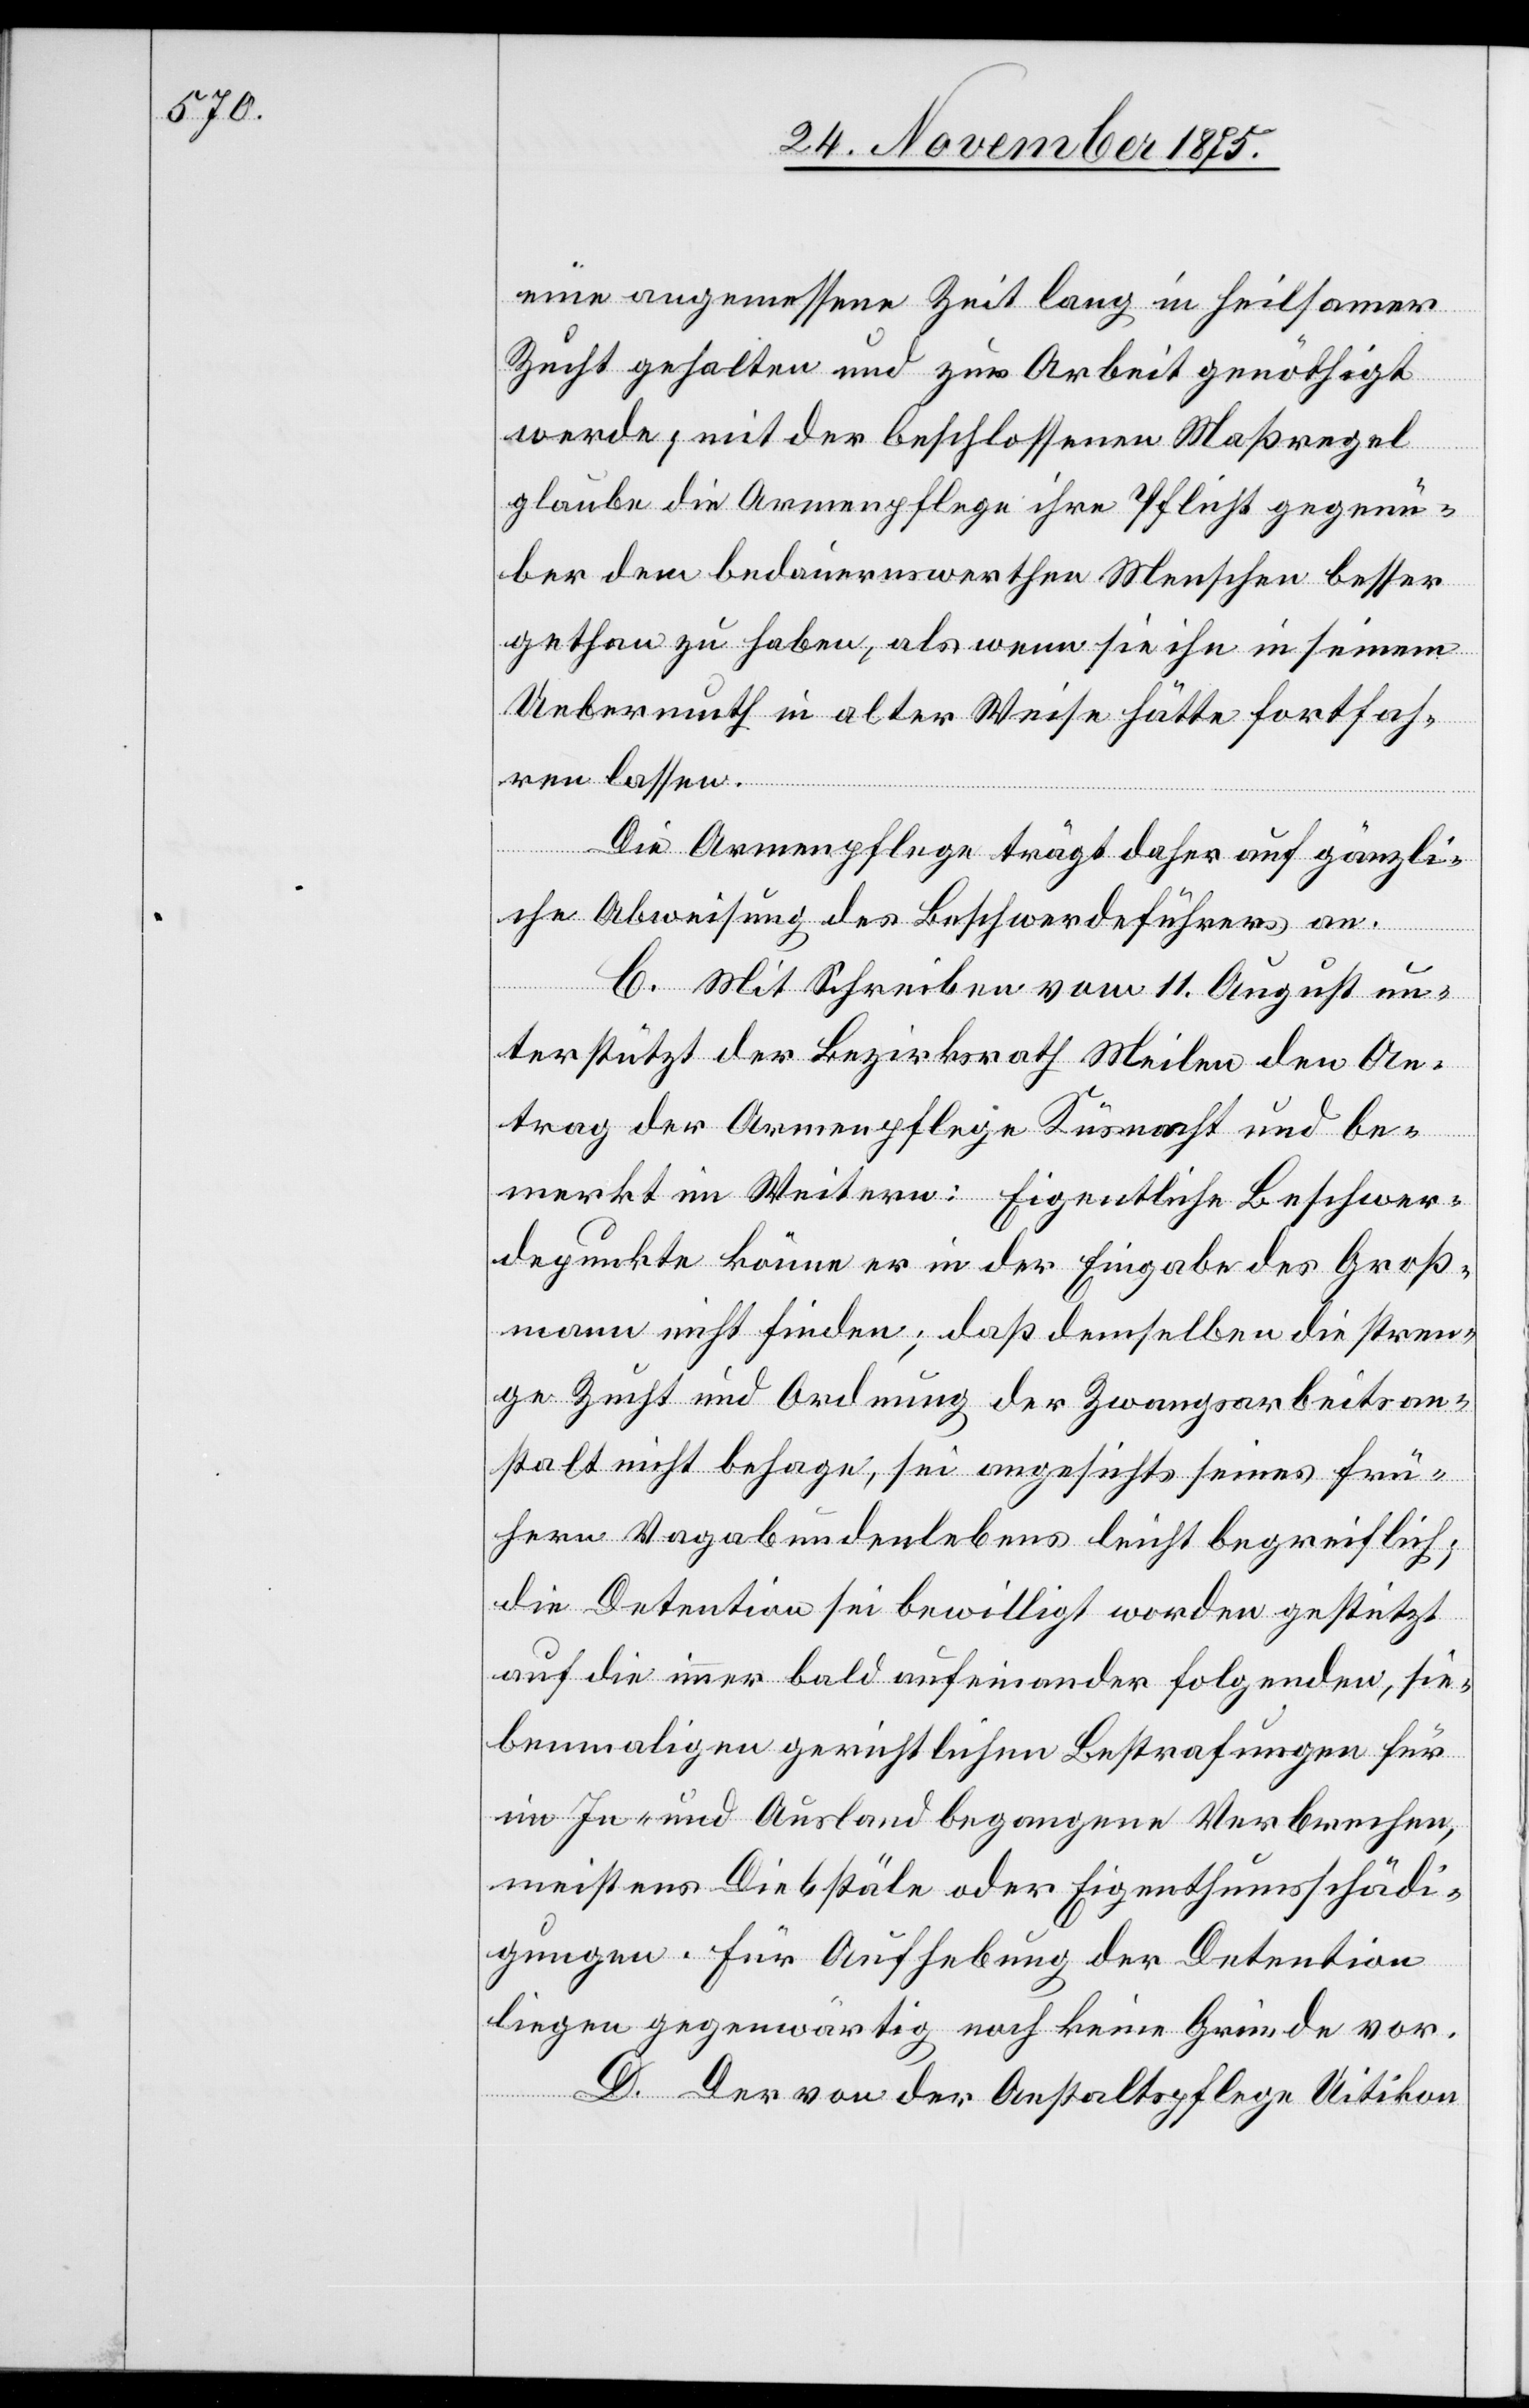
eine angemessene Zeit lang in heilsamer
Zucht gehalten und zur Arbeit genöthigt
werde; mit der beschlossenen Maßregel
glaube die Armenpflege ihre Pflicht gegenü¬
ber dem bedauernswerthen Menschen besser
gethan zu haben, als wenn sie ihn in seinem
Uebermuth in alter Weise hätte fortfah¬
ren lassen.
Die Armenpflege trägt daher auf gänzli¬
che Abweisung des Beschwerdeführers an.
C. Mit Schreiben vom 11. August un¬
terstützt der Bezirksrath Meilen den An¬
trag der Armenpflege Küsnacht und be¬
merkt im Weitern: Eigentliche Beschwer¬
depunkte könne er in der Eingabe des Groß¬
mann nicht finden; daß demselben die stren¬
ge Zucht und Ordnung der Zwangsarbeitsan¬
stalt nicht behage, sei angesichts seines frü¬
hern Vagabundenlebens leicht begreiflich;
die Detention sei bewilligt worden gestützt
auf die immer bald aufeinander folgenden, sie¬
benmaligen gerichtlichen Bestrafungen für
im In- und Ausland begangene Verbrechen,
meistens Diebstäle oder Eigenthumsschädi¬
gungen. Für Aufhebung der Detention
liegen gegenwärtig noch keine Gründe vor.
D. Der von der Anstaltspflege Uitikon